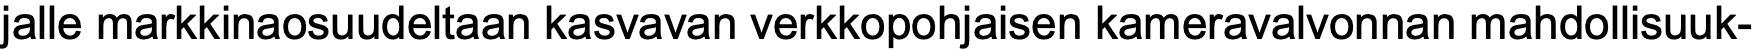
jalle markkinaosuudeltaan kasvavan verkkopohjaisen kameravalvonnan mahdollisuuk-